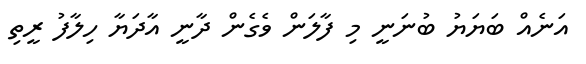
އަނެއް ބަޔަޔު ބުނަނީ މި ފާލަން ވެގެން ދާނީ އާދަޔާ ހިލާފު ރީތި